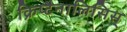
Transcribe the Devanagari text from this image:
क्रिप्टैनालिसिस्